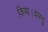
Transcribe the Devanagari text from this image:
किया।वास्तु